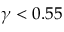
\gamma < 0 . 5 5